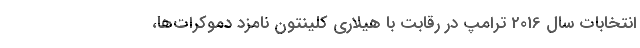
انتخابات سال 2016 ترامپ در رقابت با هیلاری کلینتون نامزد دموکرات‌ها،